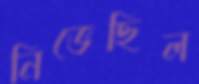
নিভেছিল